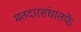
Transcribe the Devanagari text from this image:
मतदारसंघातर्फे